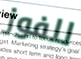
للفوز